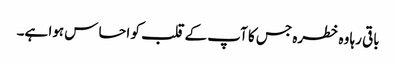
باقی رہا وہ خطرہ جس کا آپ کے قلب کو احساس ہوا ہے۔